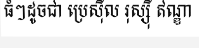
ធំៗដូចជា ប្រេស៊ីល រុស្ស៊ី ឥណ្ឌា